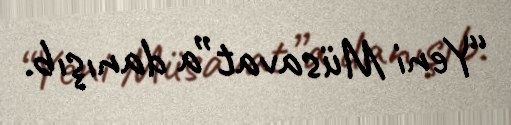
“Yeni Müsavat”a danışıb.